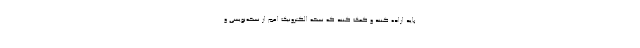
باید اراده کنند و کمک کنند که نسخه الکترونیک اعم از نسخه‌نویسی و